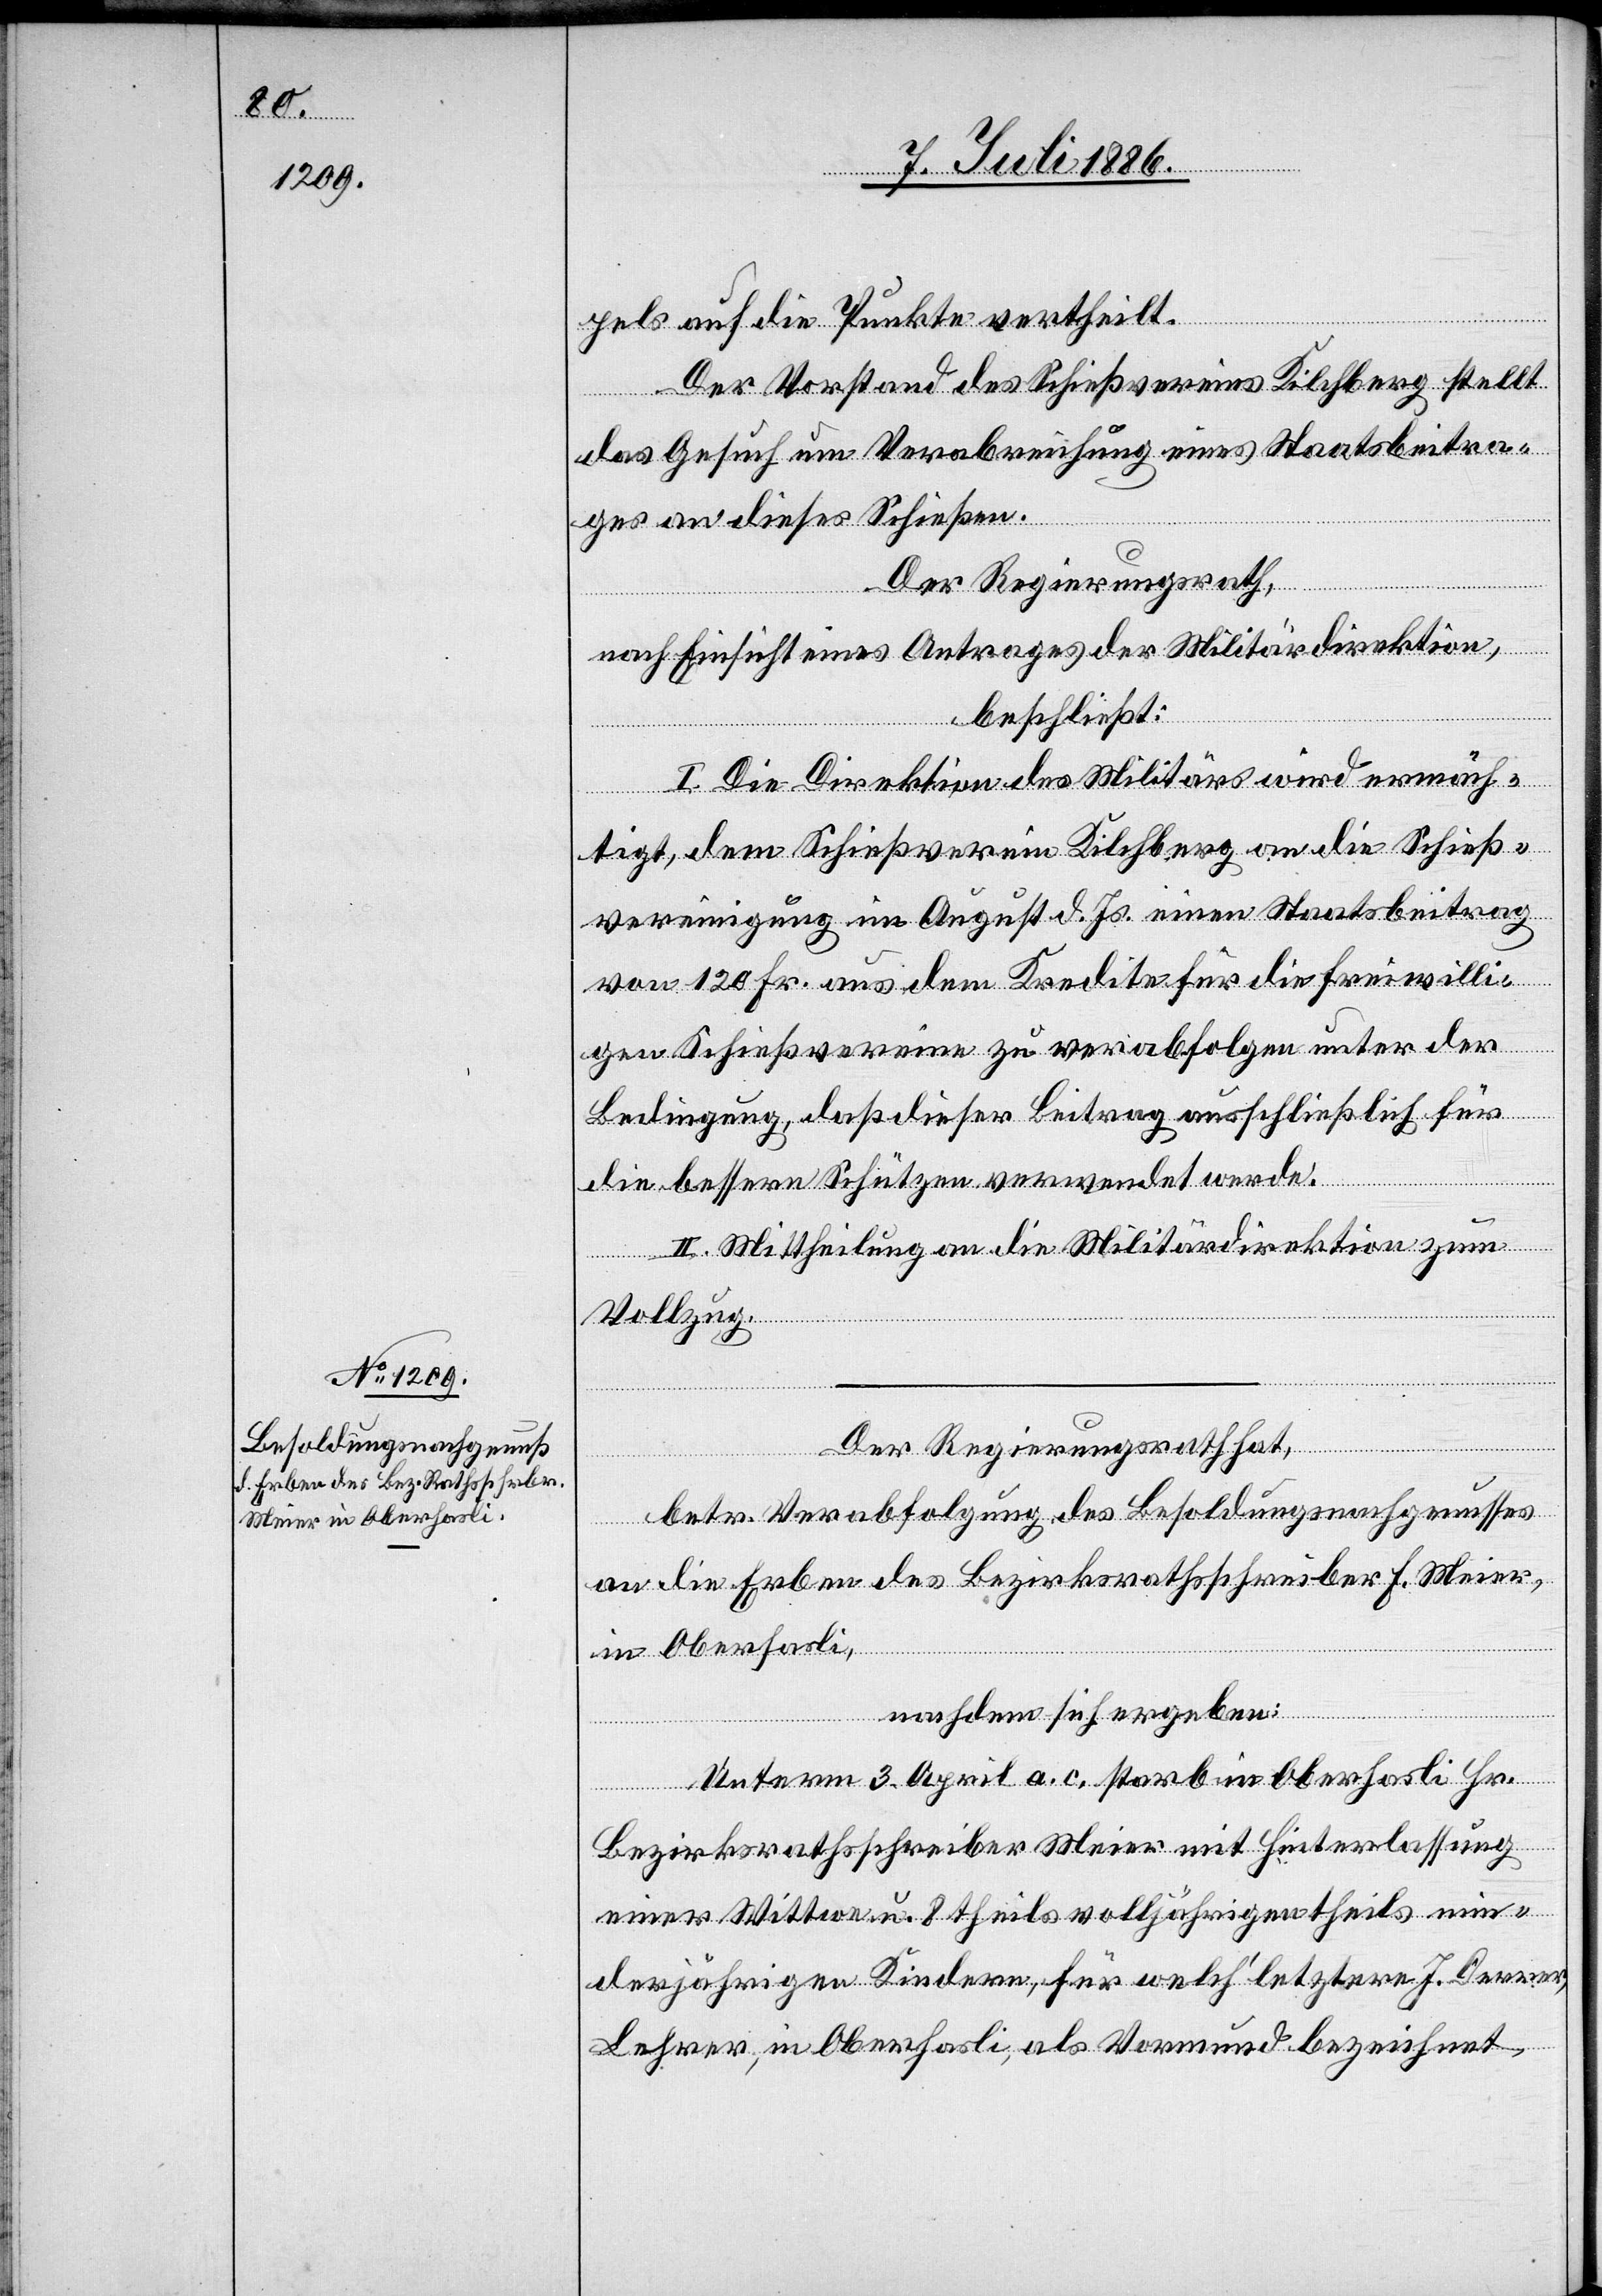
pels auf die Punkte vertheilt.
Der Vorstand des Schießvereins Kilchberg stellt
das Gesuch um Verabreichung eines Staatsbeitra¬
ges an dieses Schießen.
Der Regierungsrath,
nach Einsicht eines Antrages der Militärdirektion,
beschließt:
I. Die Direktion des Militärs wird ermäch¬
tigt, dem Schießverein Kilchberg an die Schieß¬
vereinigung im August d. Js. einen Staatsbeitrag
von 120 Fr. aus dem Kredite für die freiwilli¬
gen Schießvereine zu verabfolgen unter der
Bedingung, daß dieser Beitrag ausschließlich für
die bessern Schützen verwendet werde.
II. Mittheilung an die Militärdirektion zum
Vollzug.
Der Regierungsrath hat,
betr. Verabfolgung des Besoldungsnachgenusses
an die Erben des Bezirksrathsschreibers F. Meier,
in Oberhasli,
nachdem sich ergeben:
Unterm 3. April a. c. starb in Oberhasli Hr.
Bezirksrathsschreiber Meier mit Hinterlassung
einer Wittwe u. 8 theils volljährigen theils min¬
derjährigen Kindern, für welch’ letztere J. Derrer,
Lehrer, in Oberhasli, als Vormund bezeichnet